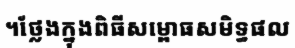
។ថ្លែងក្នុងពិធីសម្ពោធសមិទ្ធផល